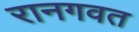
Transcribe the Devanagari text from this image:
रानगवत